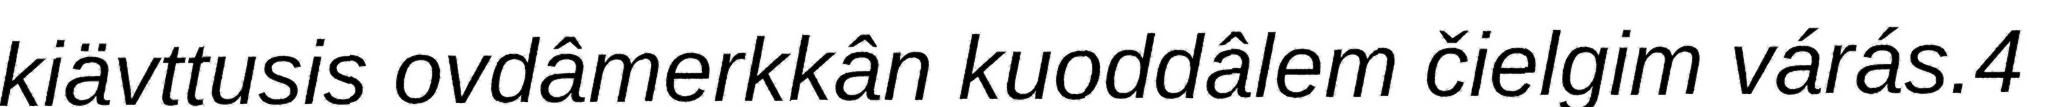
kiävttusis ovdâmerkkân kuoddâlem čielgim várás.4